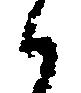
候